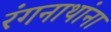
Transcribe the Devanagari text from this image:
रंगनाथांना